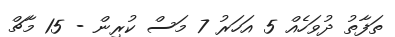
ތަފާތު ދުވަހެއް 5 އަހަރު 7 މަސް ކުރިން - 15 މާޗް